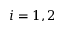
i = 1 , 2